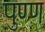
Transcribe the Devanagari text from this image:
पुण्ण